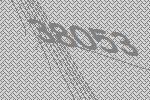
38053